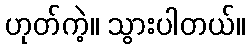
ဟုတ်ကဲ့။ သွားပါတယ်။